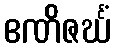
ဧဏိဇင်္ဃံ